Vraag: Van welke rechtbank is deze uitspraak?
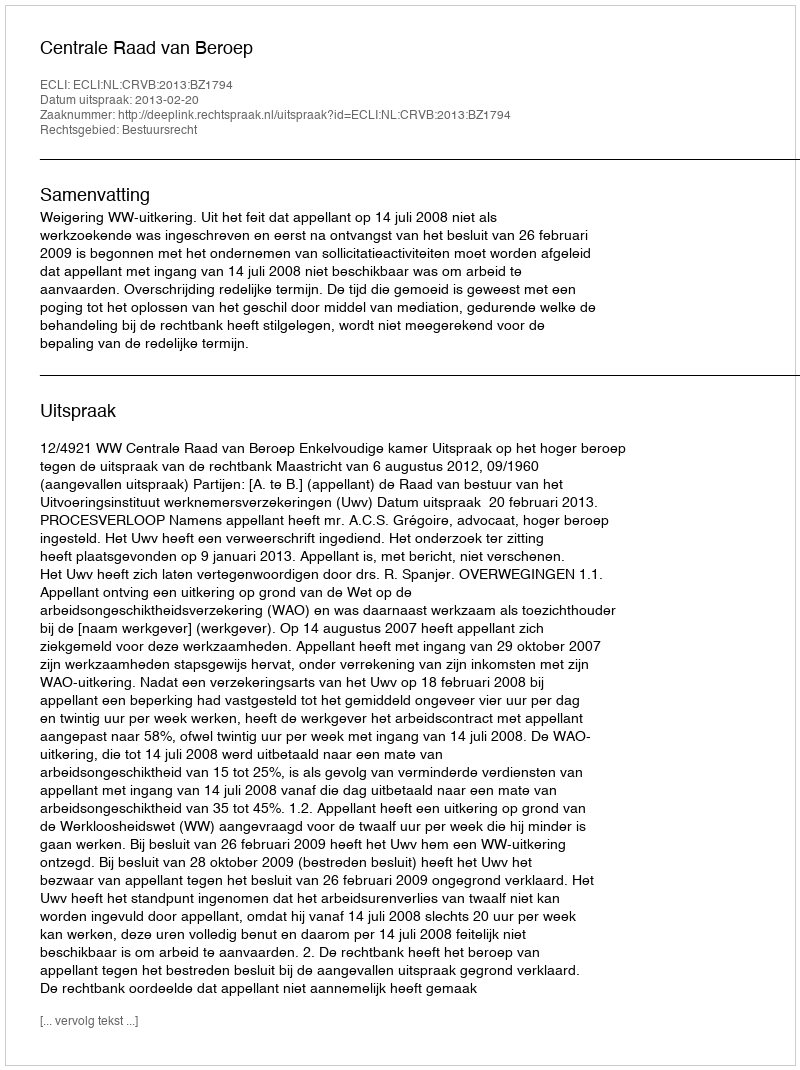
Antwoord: Centrale Raad van Beroep